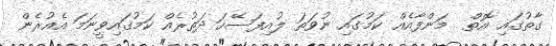
ގާތުގައި އޮތް  މަންފާއެއް ކަމުގައި ނުވަތަ ލުއިފަސޭހަ ދަތުރެއް ކަމުގައިވީނަމަ އެއުރެން